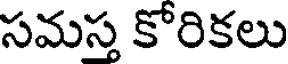
సమస్త కోరికలు